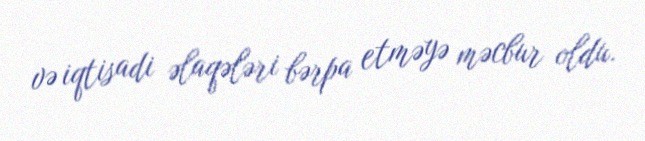
və iqtisadi əlaqələri bərpa etməyə məcbur oldu.